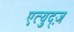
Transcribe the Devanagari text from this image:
एत्युद्ज़